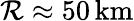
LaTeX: \mathcal{R}\approx50\, {\mathrm{{km}}}